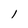
Character: l